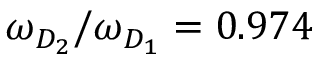
\omega _ { D _ { 2 } } / \omega _ { D _ { 1 } } = 0 . 9 7 4